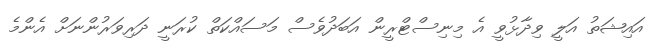
އައިޝަތު އަލީ ވިދާޅުވީ އެ މިނިސްޓްރީން އަބަދުވެސް މަސައްކަތް ކުރަނީ ދަރިވަރުންނަށް އެންމެ